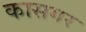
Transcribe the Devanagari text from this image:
कासगर